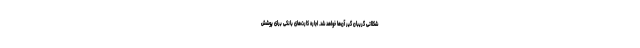
شکلاتی گریبان گیر آن‌ها خواهد شد. اجاره کارت‌های بانکی برای پوشش